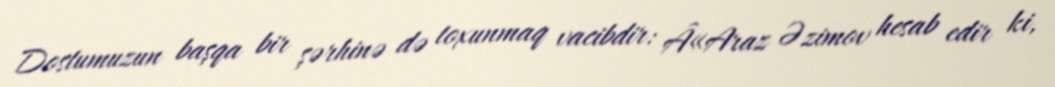
Dostumuzun başqa bir şərhinə də toxunmaq vacibdir: Â«Araz Əzimov hesab edir ki,